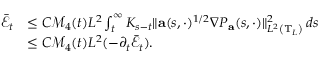
\begin{array} { r l } { \bar { \mathcal { E } } _ { t } } & { \leq C \mathcal { M } _ { 4 } ( t ) L ^ { 2 } \int _ { t } ^ { \infty } K _ { s - t } \| \mathbf { a } ( s , \cdot ) ^ { 1 / 2 } \nabla P _ { \mathbf { a } } ( s , \cdot ) \| _ { L ^ { 2 } \left( \mathbb { T } _ { L } \right) } ^ { 2 } \, d s } \\ & { \leq C \mathcal { M } _ { 4 } ( t ) L ^ { 2 } ( - \partial _ { t } \bar { \mathcal { E } } _ { t } ) . } \end{array}